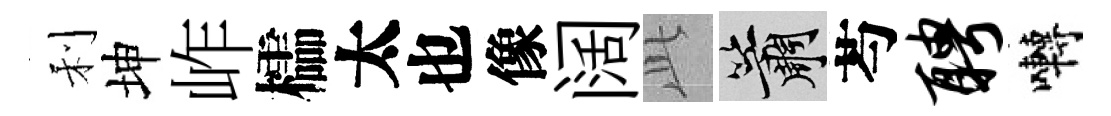
利坤岞櫺太也像阔𬼘簫芍聘囀